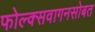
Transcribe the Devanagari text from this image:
फोल्क्सवागनसोबत